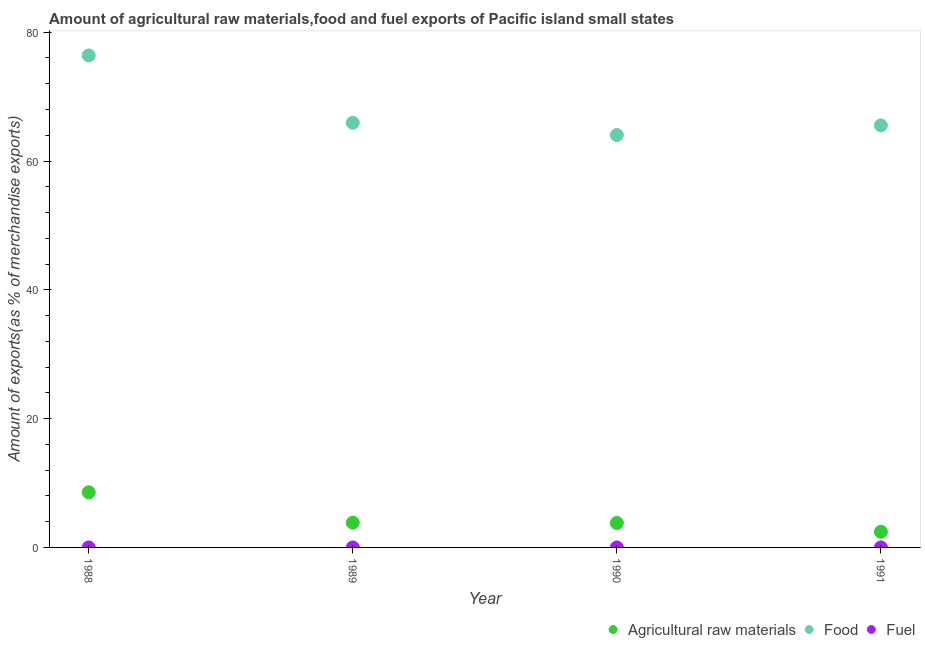
| Year | Agricultural raw materials | Food | Fuel |
 | --- | --- | --- | --- |
 | 1988 | 8.56 | 76.4 | 0.000358 |
 | 1989 | 3.84 | 65.9 | 3.99e-05 |
 | 1990 | 3.79 | 64 | 0.00211 |
 | 1991 | 2.43 | 65.5 | 0.00337 |